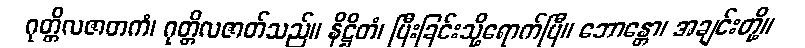
ဂုတ္တိလဇာတကံ၊ ဂုတ္တိလဇာတ်သည်။ နိဋ္ဌိတံ၊ ပြီးခြင်းသို့ရောက်ပြီ။ ဘောန္တော၊ အချင်းတို့။